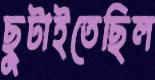
ছুটাইতেছিল